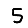
Digit: 5